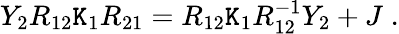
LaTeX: Y_{2}R_{12}\mathtt{K}_{1}R_{21}=R_{12}\mathtt{K}_{1}R_{12}^{-1}Y_{2}+J\; .